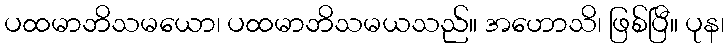
ပထမာဘိသမယော၊ ပထမာဘိသမယသည်။ အဟောသိ၊ ဖြစ်ပြီ။ ပုန၊